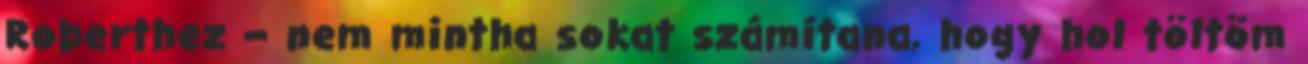
Roberthez – nem mintha sokat számítana, hogy hol töltöm